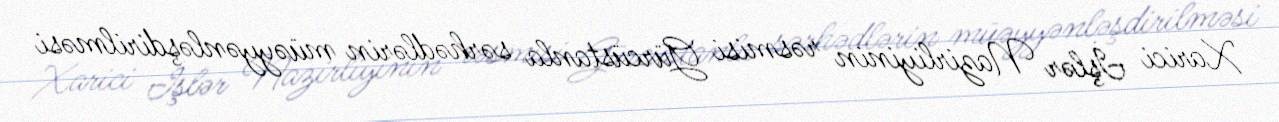
Xarici İşlər Nazirliyinin rəsmisi Gürcüstanla sərhədlərin müəyyənləşdirilməsi